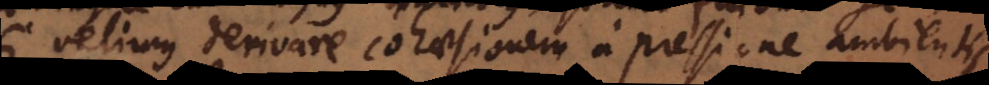
velimus derivare cohaesionem a pressione ambientis